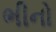
ભીનો